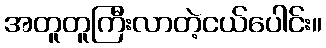
အတူတူကြီးလာတဲ့ငယ်ပေါင်း။